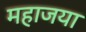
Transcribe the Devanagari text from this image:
महाजया